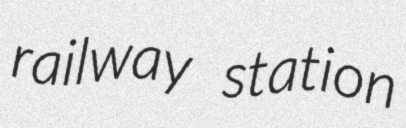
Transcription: railway station